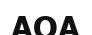
АОА